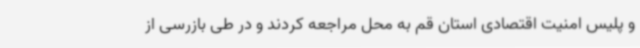
و پلیس امنیت اقتصادی استان قم به محل مراجعه کردند و در طی بازرسی از